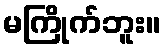
မကြိုက်ဘူး။